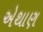
એથાણ